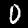
Digit: 0